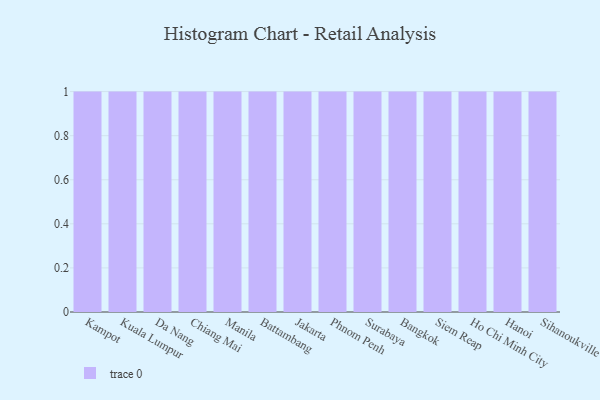
{"axis": {"x": "City", "y": "Website Visitors"}, "legend": [""], "data": [{"x": "Kampot", "y": 12, "type": ""}, {"x": "Kuala Lumpur", "y": 72, "type": ""}, {"x": "Da Nang", "y": 98, "type": ""}, {"x": "Chiang Mai", "y": 56, "type": ""}, {"x": "Manila", "y": 14, "type": ""}, {"x": "Battambang", "y": 19, "type": ""}, {"x": "Jakarta", "y": 74, "type": ""}, {"x": "Phnom Penh", "y": 13, "type": ""}, {"x": "Surabaya", "y": 9, "type": ""}, {"x": "Bangkok", "y": 94, "type": ""}, {"x": "Siem Reap", "y": 57, "type": ""}, {"x": "Ho Chi Minh City", "y": 7, "type": ""}, {"x": "Hanoi", "y": 50, "type": ""}, {"x": "Sihanoukville", "y": 52, "type": ""}]}